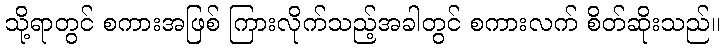
သို့ရာတွင် စကားအဖြစ် ကြားလိုက်သည့်အခါတွင် စကားလက် စိတ်ဆိုးသည်။